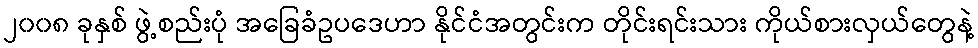
၂၀၀၈ ခုနှစ် ဖွဲ့စည်းပုံ အခြေခံဥပဒေဟာ နိုင်ငံအတွင်းက တိုင်းရင်းသား ကိုယ်စားလှယ်တွေနဲ့